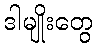
ဒါမျိုးတွေ